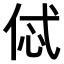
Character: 𠈸